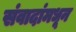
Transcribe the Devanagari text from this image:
संवादांमधून